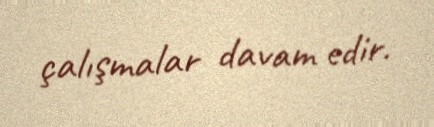
çalışmalar davam edir.